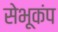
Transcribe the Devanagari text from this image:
सेभूकंप